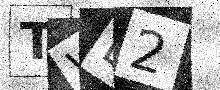
Text: TWE2